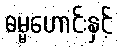
ဓမ္မဟောင်းနှင့်